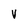
Character: v